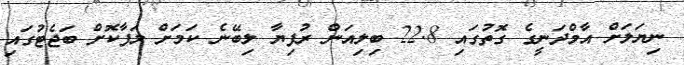
ނިޔަލަށް އާމްދަނީގެ ގޮތުގައި 22.8 ބިލިއަން ރުފިޔާ ލިބޭނެ ކަމަށް ލަފާކޮށް ބަޖެޓުގައި